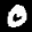
Label: 0